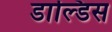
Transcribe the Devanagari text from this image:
डाल्डिस